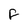
Character: F